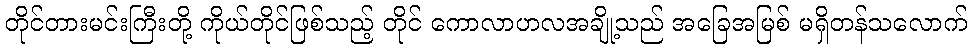
တိုင်တားမင်းကြီးတို့ ကိုယ်တိုင်ဖြစ်သည့် တိုင် ကောလာဟလအချို့သည် အခြေအမြစ် မရှိတန်သလောက်